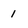
Character: 1